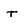
Character: t